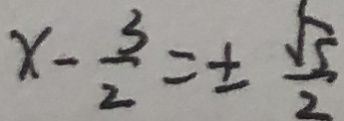
x - \frac { 3 } { 2 } = \pm \frac { \sqrt { 5 } } { 2 }